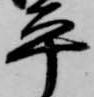
平